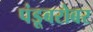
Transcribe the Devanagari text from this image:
पंडूबरोबर